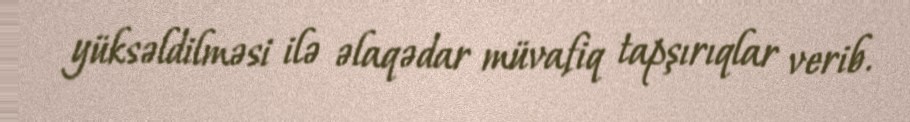
yüksəldilməsi ilə əlaqədar müvafiq tapşırıqlar verib.